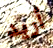
أريد